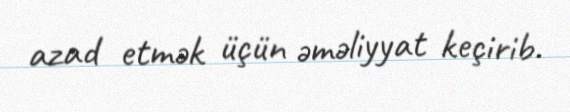
azad etmək üçün əməliyyat keçirib.